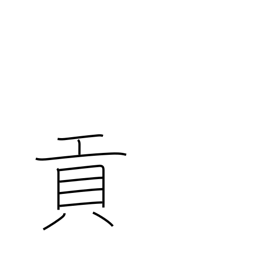
Meaning: tribute